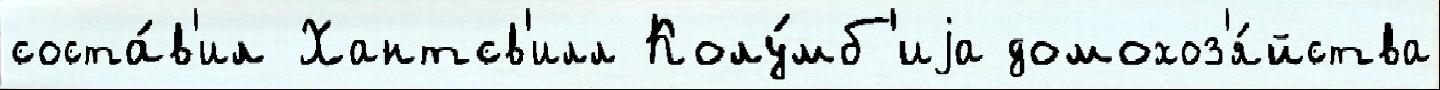
соста́в'ил Хантсв'илл Колу́мб'иjа домохоз'я́йства